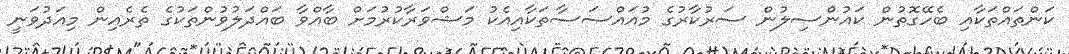
ކަންތައްތަކާއި ބެހޭގޮތުން ކައުންސިލުން ސަރުކާރުގެ މުއައްސަސާތަކާއިއެކު މަޝްވަރާކުރުމަށް ބާއްވާ ބައްދަލުވުންތަކުގެ ތެރެއިން މިއަދުވަނީ